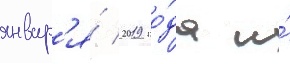
январ'я́ 2019 го́да и́